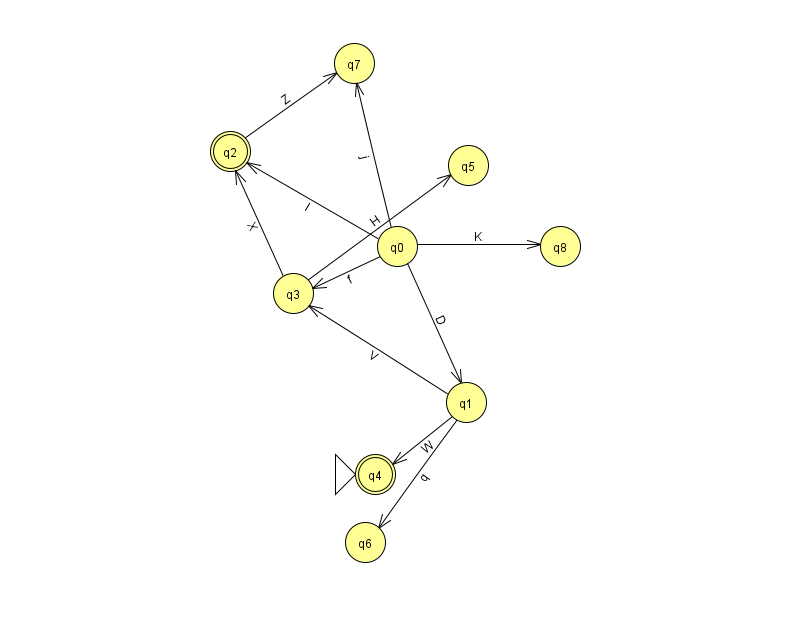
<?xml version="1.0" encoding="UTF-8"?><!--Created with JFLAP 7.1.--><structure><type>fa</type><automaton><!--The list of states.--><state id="0" name="q0"><x>397.0</x><y>233.0</y></state><state id="1" name="q1"><x>466.0</x><y>389.0</y></state><state id="2" name="q2"><x>230.0</x><y>138.0</y><final/></state><state id="3" name="q3"><x>293.0</x><y>280.0</y></state><state id="4" name="q4"><x>375.0</x><y>461.0</y><initial/><final/></state><state id="5" name="q5"><x>468.0</x><y>152.0</y></state><state id="6" name="q6"><x>365.0</x><y>529.0</y></state><state id="7" name="q7"><x>354.0</x><y>50.0</y></state><state id="8" name="q8"><x>560.0</x><y>233.0</y></state><!--The list of transitions.--><transition><from>2</from><to>7</to><read>Z</read></transition><transition><from>3</from><to>5</to><read>H</read></transition><transition><from>0</from><to>8</to><read>K</read></transition><transition><from>3</from><to>2</to><read>X</read></transition><transition><from>0</from><to>1</to><read>D</read></transition><transition><from>0</from><to>7</to><read>j</read></transition><transition><from>0</from><to>2</to><read>l</read></transition><transition><from>1</from><to>6</to><read>q</read></transition><transition><from>1</from><to>3</to><read>V</read></transition><transition><from>0</from><to>3</to><read>f</read></transition><transition><from>1</from><to>4</to><read>W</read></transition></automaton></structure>